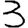
Digit: 3